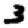
Digit: 3